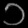
Digit: ၁